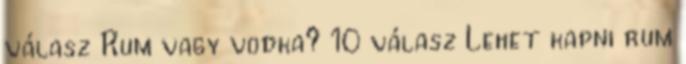
válasz Rum vagy vodka? 10 válasz Lehet kapni rum